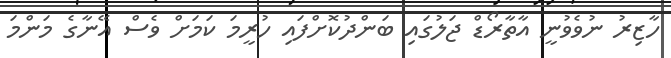
ހާޒިރު ނުވެވުނީ އާތާރޯޑް ޖަލުގައި ބަންދުކޮށްފައި ހުރީމަ ކަމަށް ވެސް އޭނާގެ މަންމަ